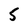
Character: 5